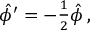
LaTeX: \hat { \phi } ^ { \prime } = - { \textstyle \frac { 1 } { 2 } } \hat { \phi } \, ,